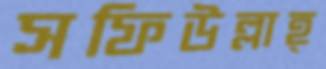
সফিউল্লাহ্